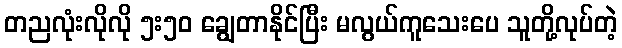
တညလုံးလိုလို ၅း၅၀ ချွေတာနိုင်ပြီး မလွယ်ကူသေးပေ သူတို့လုပ်တဲ့